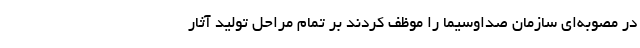
در مصوبه‌ای سازمان صداوسیما را موظف کردند بر تمام مراحل تولید آثار